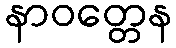
နာဝတ္တေန